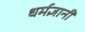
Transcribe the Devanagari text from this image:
धर्मज्ञानी